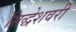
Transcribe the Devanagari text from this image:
सिद्धेशवरी